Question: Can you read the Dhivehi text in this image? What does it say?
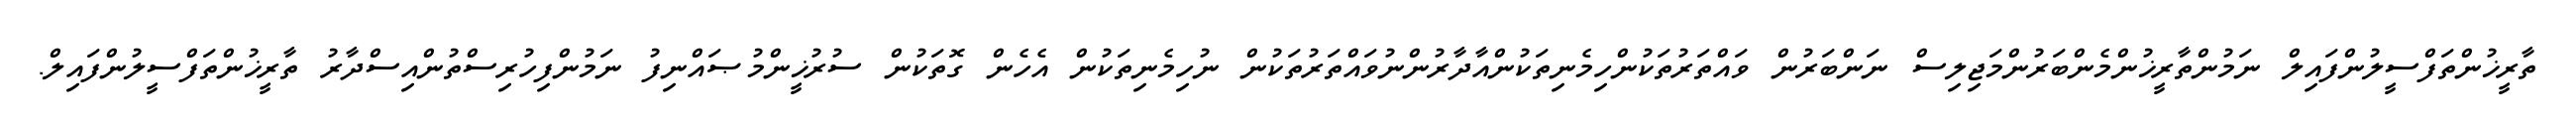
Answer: ތާރީޚުންތަފްސީލުންފައިލް ނަމުންތާރީޚުންމެންބަރުންމަޖިލިސް ނަންބަރުން ވައްތަރުތަކުންހިމެނިތަކުންއާދާރުންނުވައްތަރުތަކުން ނުހިމެނިތަކުން އެހެން ގޮތަކުން ސުރުޚީންމުޞައްނިފު ނަމުންފިހުރިސްތުންއިސްދާރު ތާރީޚުންތަފްސީލުންފައިލް.